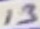
Text: 13